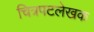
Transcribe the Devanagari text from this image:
चित्रपटलेखक